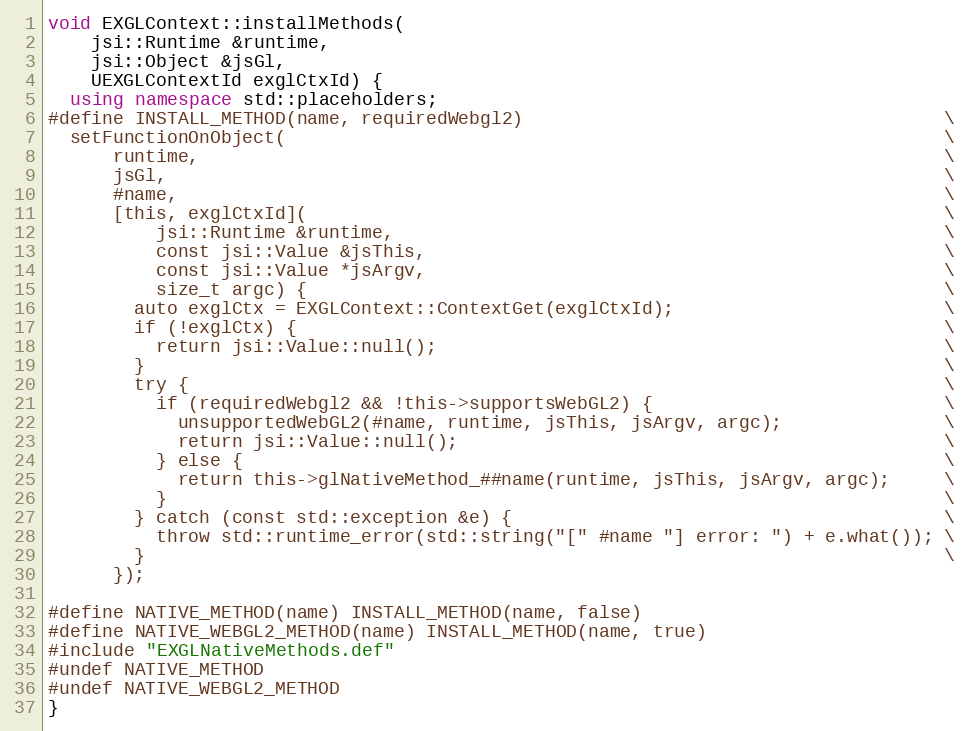
Language: C++
void EXGLContext::installMethods(
    jsi::Runtime &runtime,
    jsi::Object &jsGl,
    UEXGLContextId exglCtxId) {
  using namespace std::placeholders;
#define INSTALL_METHOD(name, requiredWebgl2)                                       \
  setFunctionOnObject(                                                             \
      runtime,                                                                     \
      jsGl,                                                                        \
      #name,                                                                       \
      [this, exglCtxId](                                                           \
          jsi::Runtime &runtime,                                                   \
          const jsi::Value &jsThis,                                                \
          const jsi::Value *jsArgv,                                                \
          size_t argc) {                                                           \
        auto exglCtx = EXGLContext::ContextGet(exglCtxId);                         \
        if (!exglCtx) {                                                            \
          return jsi::Value::null();                                               \
        }                                                                          \
        try {                                                                      \
          if (requiredWebgl2 && !this->supportsWebGL2) {                           \
            unsupportedWebGL2(#name, runtime, jsThis, jsArgv, argc);               \
            return jsi::Value::null();                                             \
          } else {                                                                 \
            return this->glNativeMethod_##name(runtime, jsThis, jsArgv, argc);     \
          }                                                                        \
        } catch (const std::exception &e) {                                        \
          throw std::runtime_error(std::string("[" #name "] error: ") + e.what()); \
        }                                                                          \
      });

#define NATIVE_METHOD(name) INSTALL_METHOD(name, false)
#define NATIVE_WEBGL2_METHOD(name) INSTALL_METHOD(name, true)
#include "EXGLNativeMethods.def"
#undef NATIVE_METHOD
#undef NATIVE_WEBGL2_METHOD
}